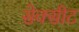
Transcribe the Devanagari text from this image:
सेक्सीट